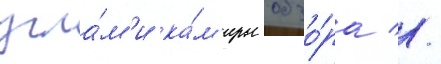
угла́м'и ка́м'еры обзо́ра //